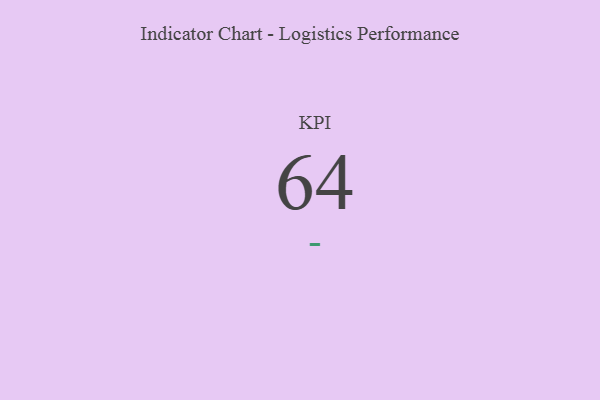
{"axis": {"x": "KPI", "y": "Value"}, "legend": [""], "data": [{"x": "KPI", "y": 64, "type": ""}]}